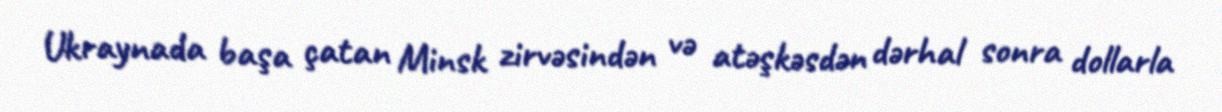
Ukraynada başa çatan Minsk zirvəsindən və atəşkəsdən dərhal sonra dollarla